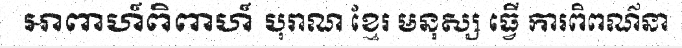
អាពាហ៍ពិពាហ៍ បុរាណ ខ្មែរ មនុស្ស ធ្វើ ការពិពណ៌នា